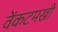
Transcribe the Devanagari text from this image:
वेंकटमखी